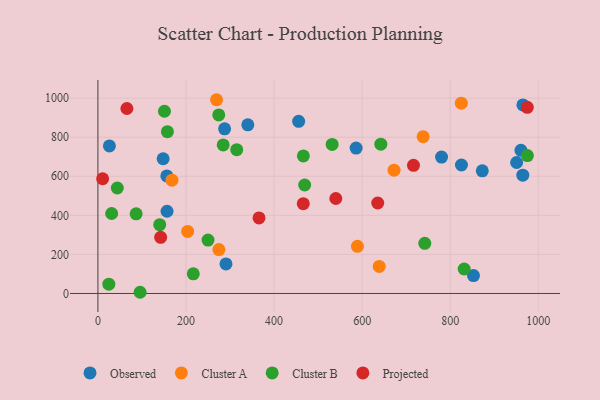
{"axis": {"x": "Distance", "y": "Yield"}, "legend": ["Cluster A", "Cluster B", "Observed", "Projected"], "data": [{"x": "872.8", "y": 627.7, "type": "Observed"}, {"x": "287.7", "y": 843.1, "type": "Observed"}, {"x": "340.4", "y": 863.5, "type": "Observed"}, {"x": "26.1", "y": 755.2, "type": "Observed"}, {"x": "455.8", "y": 881.2, "type": "Observed"}, {"x": "960.6", "y": 732.8, "type": "Observed"}, {"x": "965.0", "y": 965.5, "type": "Observed"}, {"x": "148.1", "y": 689.6, "type": "Observed"}, {"x": "780.3", "y": 698.1, "type": "Observed"}, {"x": "157.0", "y": 421.0, "type": "Observed"}, {"x": "156.5", "y": 601.6, "type": "Observed"}, {"x": "964.8", "y": 605.6, "type": "Observed"}, {"x": "852.8", "y": 91.7, "type": "Observed"}, {"x": "586.3", "y": 744.4, "type": "Observed"}, {"x": "290.8", "y": 151.1, "type": "Observed"}, {"x": "825.5", "y": 657.6, "type": "Observed"}, {"x": "950.8", "y": 670.6, "type": "Observed"}, {"x": "203.8", "y": 317.7, "type": "Cluster A"}, {"x": "269.4", "y": 991.9, "type": "Cluster A"}, {"x": "738.5", "y": 802.5, "type": "Cluster A"}, {"x": "638.8", "y": 138.2, "type": "Cluster A"}, {"x": "168.1", "y": 580.2, "type": "Cluster A"}, {"x": "672.4", "y": 631.4, "type": "Cluster A"}, {"x": "274.7", "y": 224.7, "type": "Cluster A"}, {"x": "825.2", "y": 974.2, "type": "Cluster A"}, {"x": "589.3", "y": 241.4, "type": "Cluster A"}, {"x": "151.1", "y": 932.9, "type": "Cluster B"}, {"x": "284.5", "y": 760.3, "type": "Cluster B"}, {"x": "831.7", "y": 125.2, "type": "Cluster B"}, {"x": "250.0", "y": 273.6, "type": "Cluster B"}, {"x": "315.2", "y": 736.4, "type": "Cluster B"}, {"x": "531.9", "y": 762.9, "type": "Cluster B"}, {"x": "469.5", "y": 555.3, "type": "Cluster B"}, {"x": "975.2", "y": 706.0, "type": "Cluster B"}, {"x": "140.3", "y": 352.2, "type": "Cluster B"}, {"x": "157.8", "y": 828.3, "type": "Cluster B"}, {"x": "466.5", "y": 704.3, "type": "Cluster B"}, {"x": "216.6", "y": 100.8, "type": "Cluster B"}, {"x": "642.4", "y": 764.4, "type": "Cluster B"}, {"x": "86.8", "y": 407.8, "type": "Cluster B"}, {"x": "24.8", "y": 47.7, "type": "Cluster B"}, {"x": "274.4", "y": 914.1, "type": "Cluster B"}, {"x": "742.2", "y": 256.9, "type": "Cluster B"}, {"x": "95.8", "y": 6.1, "type": "Cluster B"}, {"x": "31.2", "y": 409.3, "type": "Cluster B"}, {"x": "44.0", "y": 540.0, "type": "Cluster B"}, {"x": "716.6", "y": 656.1, "type": "Projected"}, {"x": "466.3", "y": 459.8, "type": "Projected"}, {"x": "540.2", "y": 486.2, "type": "Projected"}, {"x": "635.4", "y": 463.1, "type": "Projected"}, {"x": "10.7", "y": 587.4, "type": "Projected"}, {"x": "365.8", "y": 386.7, "type": "Projected"}, {"x": "65.8", "y": 947.0, "type": "Projected"}, {"x": "142.5", "y": 287.2, "type": "Projected"}, {"x": "975.0", "y": 953.2, "type": "Projected"}]}